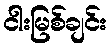
ငါးမြစ်ချင်း